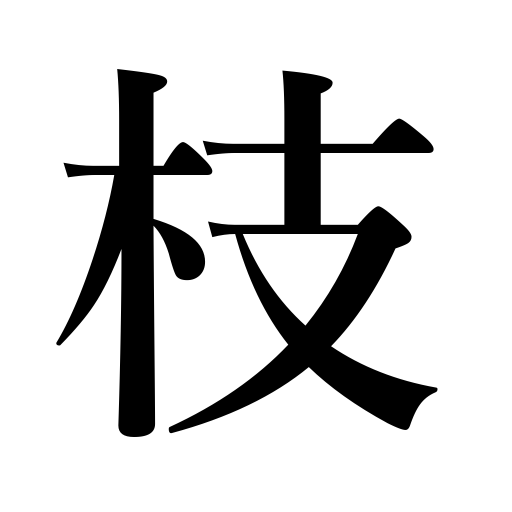
Meanings: branch,twig,bow,limb